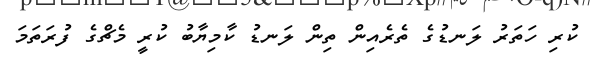
ކުރި ހަތަރު ލަނޑުގެ ތެރެއިން ތިން ލަނޑު ކާމިޔާބު ކުރީ މެޗްގެ ފުރަތަމަ